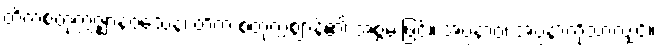
တိကစတုက္ကဇ္ဈာနဝသေန၊ တိက စတုက္ကဈာန်၏ အစွမ်းဖြင့်။ အပ္ပနာဝ၊ အပ္ပနာကိုသာလျှင်။